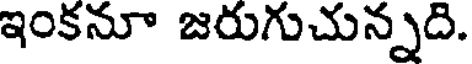
ఇంకనూ జరుగుచున్నది.